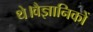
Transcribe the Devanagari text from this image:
थे।वैज्ञानिकों